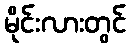
မိုင်းလားတွင်